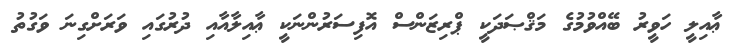
ޢާއިލީ ހަވީރު ބޭއްވުމުގެ މަޤްޞަދަކީ ޕްރިޒަންސް އޮފިސަރުންނަކީ ޢާއިލާއާއި ދުރުގައި ވަރަށްގިނަ ވަގުތު